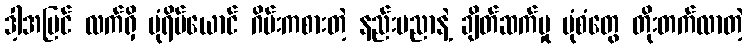
ဒါ့အပြင် လက်ရှိ ပုံရိပ်ယောင် ဂိမ်းကစားတဲ့ နည်းပညာနဲ့ ချိတ်ဆက်မှု ပုံစံတွေ တိုးတက်လာတဲ့